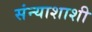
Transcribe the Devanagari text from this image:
संन्याशाशी